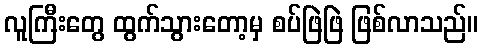
လူကြီးတွေ ထွက်သွားတော့မှ စပ်ဖြဲဖြဲ ဖြစ်လာသည်။